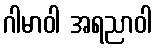
ဂါမာဝါ အရညာဝါ